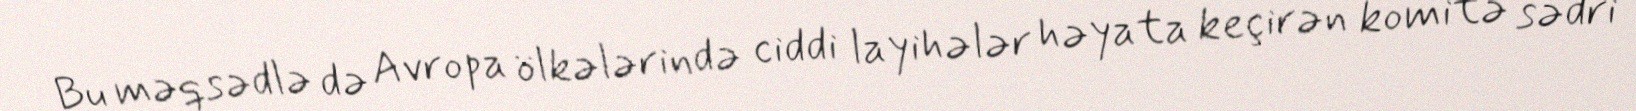
Bu məqsədlə də Avropa ölkələrində ciddi layihələr həyata keçirən komitə sədri